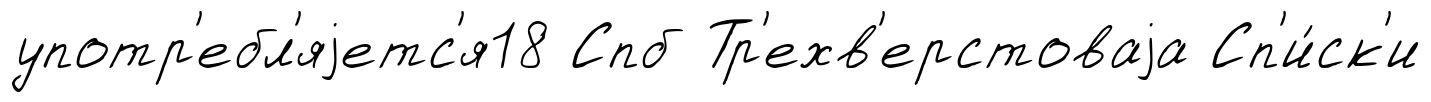
употр'ебл'яjетс'я18 Спб Тр'ехв'ерстоваjа Сп'и́ск'и